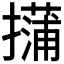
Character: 𱠿